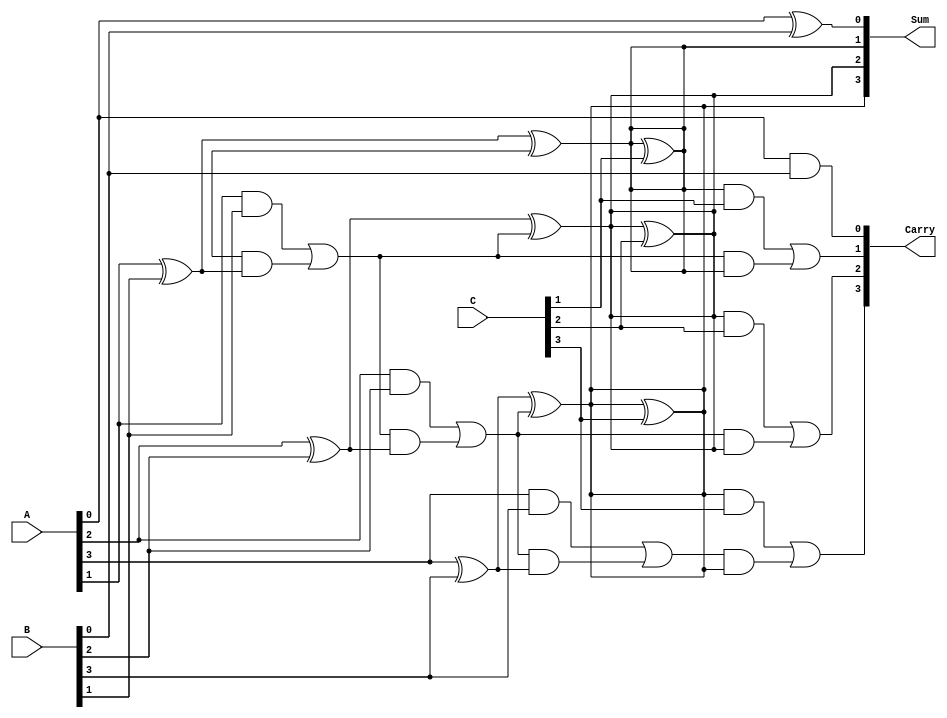
module ModifiedCarrySaveAdder (
    input [3:0] A,  // First input
    input [3:0] B,  // Second input
    input [3:0] C,  // Third input
    output [3:0] Sum, // Sum output
    output [3:0] Carry // Carry output
);

// Internal wires for half adders and full adders
wire [3:0] HA1_Sum, HA1_Carry; // Half Adder outputs
wire [3:0] FA1_Sum, FA1_Carry; // Full Adder outputs
wire [3:0] FA2_Carry; // Carry from second stage Full Adders

// Half Adders for the first two inputs (A and B)
assign HA1_Sum[0] = A[0] ^ B[0]; // Sum bit for LSB
assign HA1_Carry[0] = A[0] & B[0]; // Carry bit for LSB

// Full Adders for the first stage
genvar i;
generate
    for (i = 1; i < 4; i = i + 1) begin : FA_stage1
        assign FA1_Sum[i] = A[i] ^ B[i] ^ FA1_Carry[i-1]; // Sum bit
        assign FA1_Carry[i] = (A[i] & B[i]) | (FA1_Carry[i-1] & (A[i] ^ B[i])); // Carry bit
    end
endgenerate

// Combine the sum from Half Adder and Full Adder for the first two inputs
assign Sum[0] = HA1_Sum[0]; // LSB from Half Adder
assign Sum[1] = FA1_Sum[1]; // Second bit from Full Adder
assign Sum[2] = FA1_Sum[2]; // Third bit from Full Adder
assign Sum[3] = FA1_Sum[3]; // MSB from Full Adder

// Full Adders for the third input (C)
assign FA2_Carry[0] = HA1_Carry[0]; // Carry from Half Adder
assign Carry[0] = FA2_Carry[0]; // Carry output for LSB

generate
    for (i = 1; i < 4; i = i + 1) begin : FA_stage2
        assign FA2_Carry[i] = (Sum[i] & C[i]) | (FA1_Carry[i] & (Sum[i] ^ C[i])); // Carry bit
        assign Carry[i] = FA2_Carry[i]; // Carry output
    end
endgenerate

// Final Sum calculation with third input
assign Sum[0] = HA1_Sum[0]; // LSB from Half Adder
assign Sum[1] = FA1_Sum[1] ^ C[1]; // Second bit
assign Sum[2] = FA1_Sum[2] ^ C[2]; // Third bit
assign Sum[3] = FA1_Sum[3] ^ C[3]; // MSB

endmodule